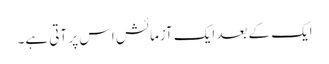
ایک کے بعد ایک آزمائش اس پر آتی ہے۔